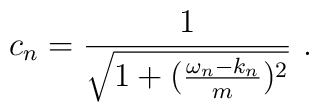
c_n =\frac{1}{\sqrt{1+({\omega_n -k_n\over m})^2}}\ .